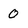
Character: 0